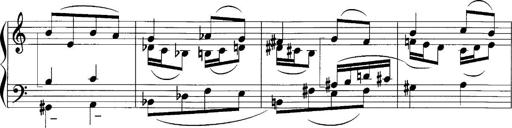
Title: Sonatina No.1
Composer: Otto Stoll
Key: C major